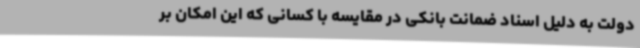
دولت به دلیل اسناد ضمانت بانکی در مقایسه با کسانی که این امکان بر